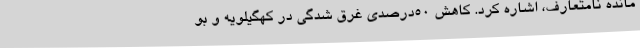
مانده نامتعارف، اشاره کرد. کاهش 50درصدی غرق شدگی در کهگیلویه و بو